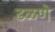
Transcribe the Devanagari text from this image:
ढळणे